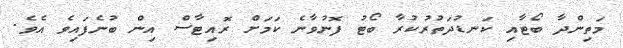
މަތިންދާ ބޯޓާއި ކަނޑުދަތުރުކުރާ ބޯޓު ފޮނުވާނެ ކަމަށް ރޮއިޓާސް އިން ބުނެފައިވެ އެވެ.